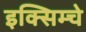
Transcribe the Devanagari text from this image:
इक्सिम्चे